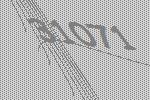
31071